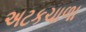
અટકચાળા